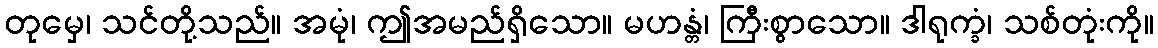
တုမှေ၊ သင်တို့သည်။ အမုံ၊ ဤအမည်ရှိသော။ မဟန္တံ၊ ကြီးစွာသော။ ဒါရုက္ခံ၊ သစ်တုံးကို။